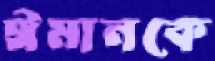
ঈমানকে